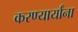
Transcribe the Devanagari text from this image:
करण्यार्यांना